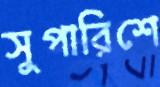
সুপারিশে